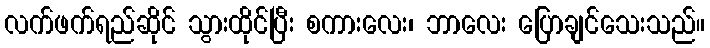
လက်ဖက်ရည်ဆိုင် သွားထိုင်ပြီး စကားလေး၊ ဘာလေး ပြောချင်သေးသည်။